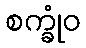
စက္ခုံဝ